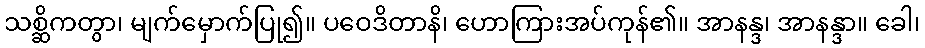
သစ္ဆိကတွာ၊ မျက်မှောက်ပြု၍။ ပဝေဒိတာနိ၊ ဟောကြားအပ်ကုန်၏။ အာနန္ဒ၊ အာနန္ဒာ။ ခေါ၊